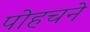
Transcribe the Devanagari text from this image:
पोहचने